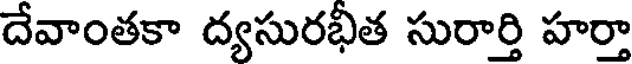
దేవాంతకా ద్యసురభీత సురార్తి హర్తా